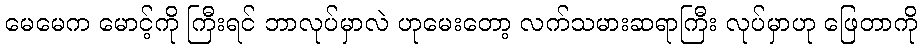
မေမေက မောင့်ကို ကြီးရင် ဘာလုပ်မှာလဲ ဟုမေးတော့ လက်သမားဆရာကြီး လုပ်မှာဟု ဖြေတာကို